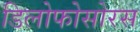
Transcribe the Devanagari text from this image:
डिलोफोसोरस